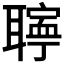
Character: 𦗰